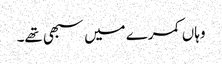
وہاں کمرے میں سبھی تھے۔